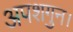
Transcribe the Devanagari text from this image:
अपशगुन।